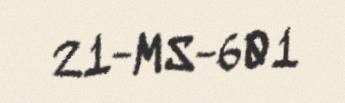
21-MS-601